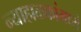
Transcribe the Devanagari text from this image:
न्याहाळकांमध्ये